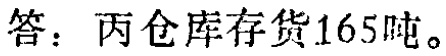
答：丙仓库存货165吨。